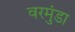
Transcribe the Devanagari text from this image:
वरमुंडा